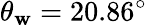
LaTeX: \theta_{\mathbf{w}}=20.86^{\circ}